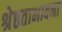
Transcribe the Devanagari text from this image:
श्रेष्ठताभावना